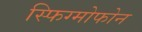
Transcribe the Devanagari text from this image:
स्फिग्मोफोन